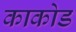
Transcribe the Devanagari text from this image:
काकोड